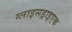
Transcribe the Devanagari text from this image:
ग्लाइसड्राइएक